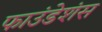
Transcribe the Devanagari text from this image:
फाउंडेशंस